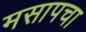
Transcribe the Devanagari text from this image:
मसापचा